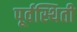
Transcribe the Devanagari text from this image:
पूर्वस्थिती